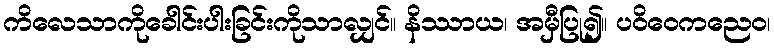
ကိလေသာကိုခေါင်းပါးခြင်းကိုသာလျှင်။ နိဿာယ၊ အမှီပြု၍။ ပဝိဝေကညေဝ၊